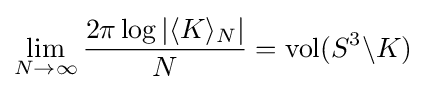
\lim _{N\to \infty }{\frac {2\pi \log |\langle K\rangle _{N}|}{N}}=\operatorname {vol} (S^{3}\backslash K)